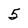
Character: 5